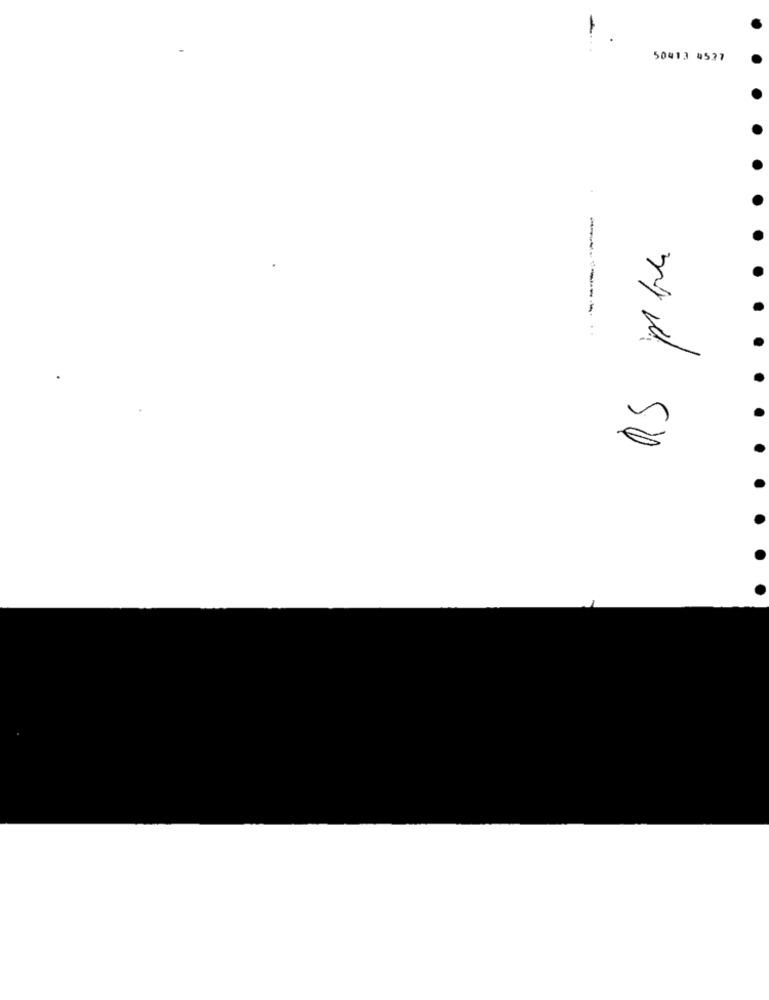
50413 4537
2/ 0 54
1